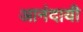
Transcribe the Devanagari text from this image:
आनंदायी